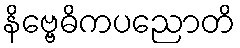
နိဗ္ဗေဓိကပညောတိ